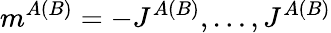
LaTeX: m^{A(B)}=-J^{A(B)},\dots,J^{A(B)}